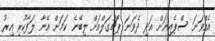
އެއްވަނަ ސްޕެއިނަށް އަދި ދެވަނަ ޕޯޗުގަލްއަށް ލިބޭނެ ކަމަށް އޭނާ ލަފާކުރި އިރު